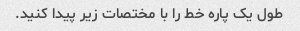
طول یک پاره خط را با مختصات زیر پیدا کنید.